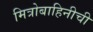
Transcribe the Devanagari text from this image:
मित्रोबाहिनीची